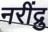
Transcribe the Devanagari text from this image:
नरींद्रु